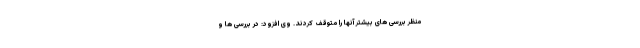
منظر بررسی های بیشتر آنها را متوقف کردند. وی افزود: در بررسی ها و